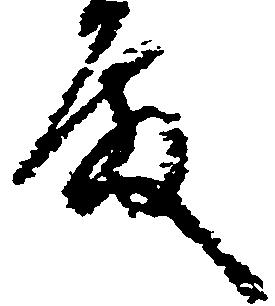
殿